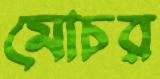
মোচর